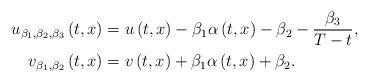
LaTeX: \begin{align*}u_{\beta _{1},\beta _{2},\beta _{3}}\left(t,x\right)& =u\left(t,x\right)-\beta _{1}\alpha\left(t,x\right)-\beta _{2}-\frac{\beta _{3}}{T-t}, \\v_{\beta _{1},\beta _{2}}\left(t,x\right)& =v\left(t,x\right)+\beta _{1}\alpha \left(t,x\right)+\beta _{2}.\end{align*}